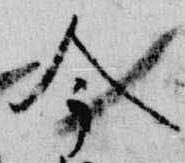
今